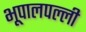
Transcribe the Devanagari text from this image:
भूपालपल्ली